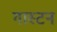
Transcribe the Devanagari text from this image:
गास्टन